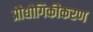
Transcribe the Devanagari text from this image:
प्रौद्योगिकीकरण